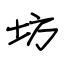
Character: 坊